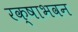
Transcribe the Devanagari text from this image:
रक्षाभवन